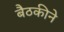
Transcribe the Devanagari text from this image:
बैठकीने